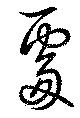
處